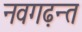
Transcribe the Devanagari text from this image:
नवगढ़न्त